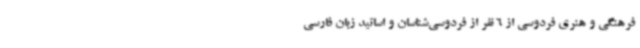
فرهنگی و هنری فردوسی از 6 نفر از فردوسی‌شناسان و اساتید زبان فارسی